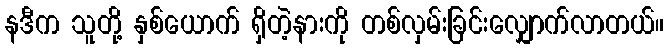
နဒီက သူတို့ နှစ်ယောက် ရှိတဲ့နားကို တစ်လှမ်းခြင်းလျှောက်လာတယ်။